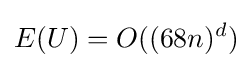
E(U)=O((68n)^{d})